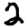
Digit: 2